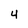
Character: 4